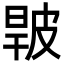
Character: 𤿧